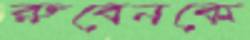
রুবেনকে